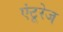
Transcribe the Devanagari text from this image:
एंटूरेज